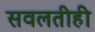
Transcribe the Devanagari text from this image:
सवलतीही